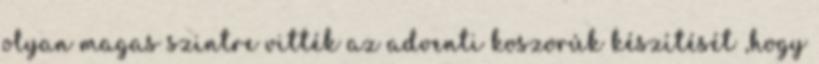
olyan magas szintre vitték az adventi koszorúk készítését ,hogy